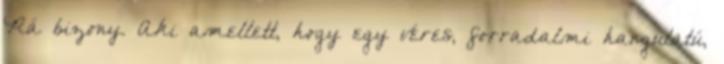
Rá bizony. Aki amellett, hogy egy véres, forradalmi hangulatú,